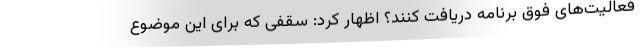
فعالیت‌های فوق برنامه دریافت کنند؟ اظهار کرد: سقفی که برای این موضوع